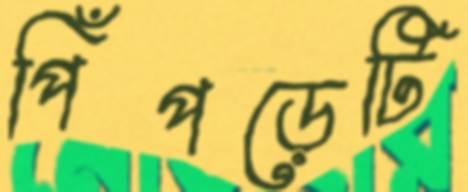
পিঁপড়েটি